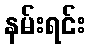
နမ်းရင်း